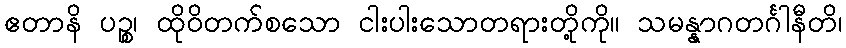
ဧတာနိ ပဉ္စ၊ ထိုဝိတက်စသော ငါးပါးသောတရားတို့ကို။ သမန္နာဂတင်္ဂါနီတိ၊